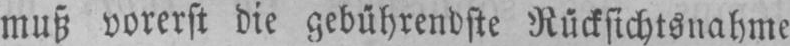
muß vorerst die gebührendste Rücksichtsnahme